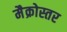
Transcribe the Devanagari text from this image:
मैक्रोस्तर